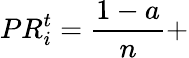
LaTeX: PR_{i}^{t}=\frac{1-a}{n}+